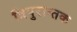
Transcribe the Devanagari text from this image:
त्रिपुरान्तक